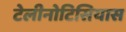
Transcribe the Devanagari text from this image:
टेलीनोटिसियास